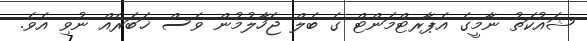
ޝައުކަތު ނާމީގެ އެޕާރޓްމަންޓް ގެ ބެލް ޖަހާލުމުން ވެސް ޚަބަރެއް ނުވި އެވެ.